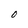
Character: 0